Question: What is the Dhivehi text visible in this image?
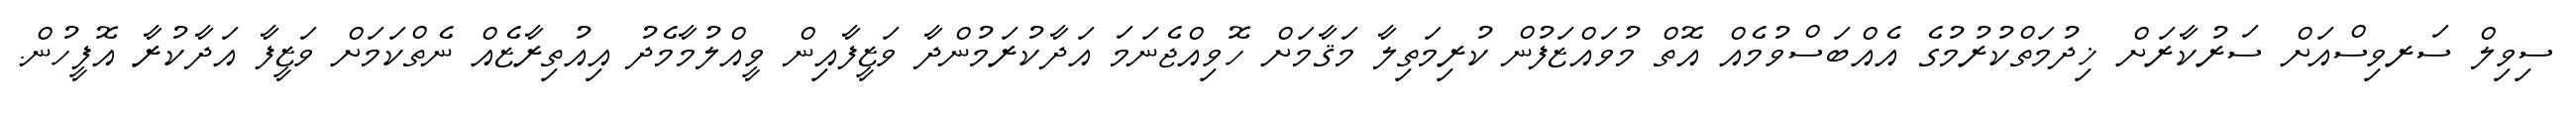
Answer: ސިވިލް ސަރވިސްއަށް ސަރުކާރަށް ޚިދުމަތްކުރުމުގެ އެއްބަސްވުމެއް އޮތް މުވައްޒަފުން ކުރިމަތިލާ މަޤާމަށް ހޮވިއްޖެނަމަ އަދާކުރަމުންދާ ވަޒީފާއިން ވީއްލުމާމެދު އިއުތިރާޒެއް ނެތްކަމަށް ވަޒީފާ އަދާކުރާ އޮފީހުން.